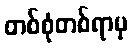
တစ်စုံတစ်ရာမှ